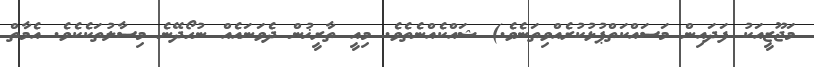
މަޖޫޒީއަކު ފަދައިން މަސައްކަތްޕުޅުކުރެއްވިތަނެވެ.) ޝައްކެއްނެތެވެ. މިއީ ތާރީޚުން ދެވަނައެއް ނުހޯދޭނެ މިސާލުތަކެކެވެ. އެމާތް